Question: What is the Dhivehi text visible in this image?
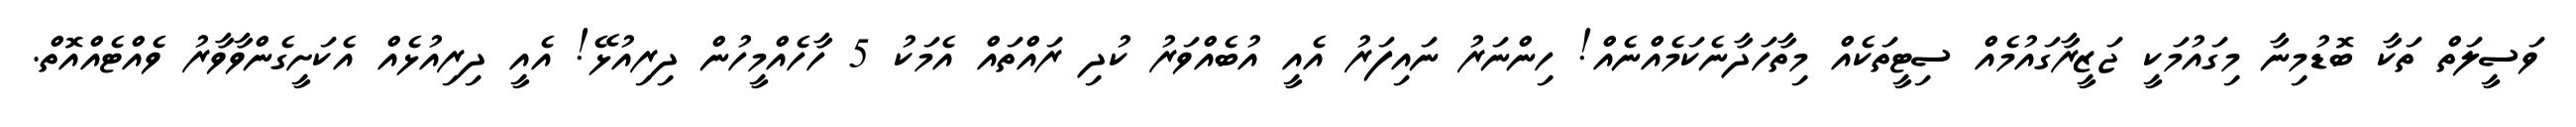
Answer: ވަސީލަތް ތަކާ ބޮޑުމިނާ މިގައުމަކީ ޖަޒީރާގައުމެއް ސިޓީތަކެއް މިތާހަދާނެކަމެއްނެއް! ހިންނަރު ނައިފަރު އެއީ އުބެއްވަރު ކުދި ރައްތައް އެމަކު 5 ހާހެއްމީހުން ދިރިއުޅޭ! އެއީ ދިރިއުޅެއް އެކަށީގެންވާވާރު ވެއްޓެއްއޮތް.